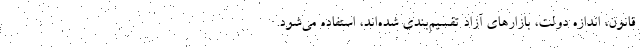
قانون، اندازه دولت، بازارهای آزاد تقسیم‌بندی شده‌اند، استفاده می‌شود.